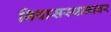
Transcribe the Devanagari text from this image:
निवासस्थानावर